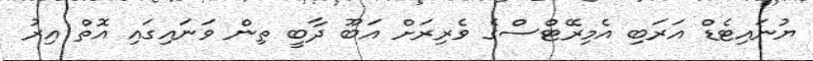
ޔުނައިޓެޑް އަރަބި އެމިރޭޓްސްގެ ވެރިރަށް އަބޫ ދާބީ ތިން ވަނައިގައި އޮތް އިރު